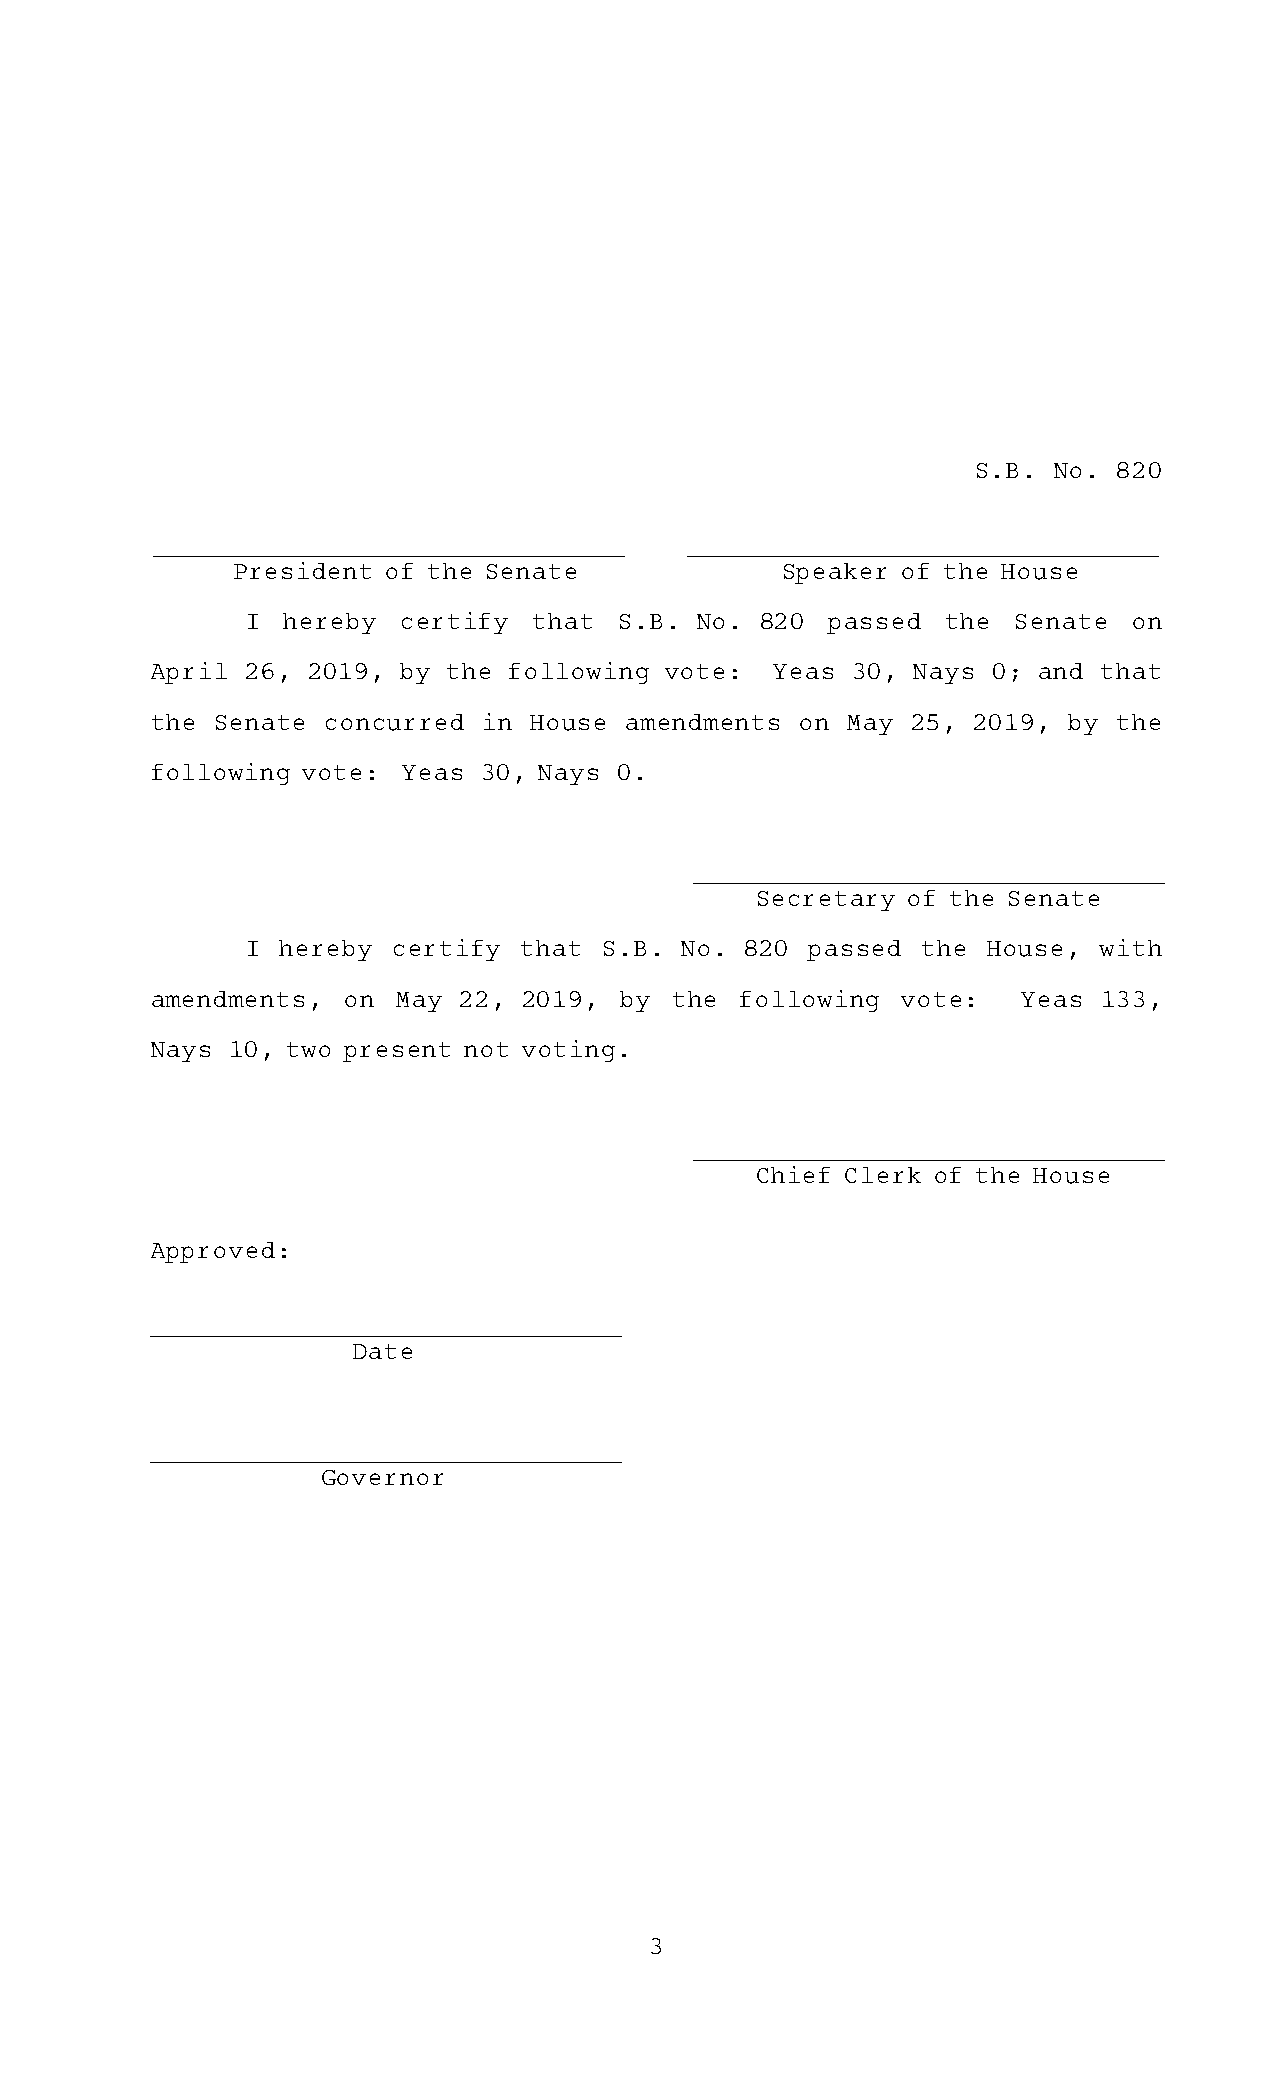
S.B.ANo.A820
 ______________________________AAAA______________________________
 President of the SenateAAAAAAAAAAAAASpeaker  of the House
 I  hereby certify  that  S.B.ANo.A820  passed  the Senate  on
 AprilA26,A2019, by  the following vote:  YeasA30, NaysA0;  and that
 the Senate concurred  in House amendments  on MayA25,A2019,  by the
 following vote:  YeasA30, NaysA0.
 ______________________________
 AAAASecretary of the Senate
 I hereby  certify that  S.B.ANo.A820  passed the House,  with
 amendments,  on MayA22,A2019,  by the  following  vote:   YeasA133,
 NaysA10, two present not voting.
 ______________________________
 AAAAChief Clerk of the House
 Approved:
 ______________________________
 AAAAAAAAAAAAADate
 ______________________________
 AAAAAAAAAAAGovernor
 3